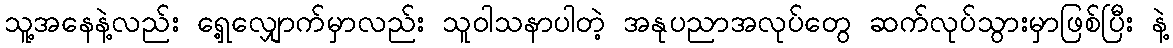
သူ့အနေနဲ့လည်း ရှေ့လျှောက်မှာလည်း သူဝါသနာပါတဲ့ အနုပညာအလုပ်တွေ ဆက်လုပ်သွားမှာဖြစ်ပြီး နဲ့